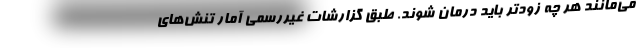
می‌مانند هر چه زودتر باید درمان شوند. طبق گزارشات غیررسمی آمار تنش‌های